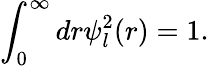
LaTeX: \displaystyle\int_{0}^{\infty}dr\psi_{l}^{2}(r)=1.